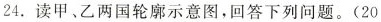
24. 读甲、乙两国轮廓示意图，回答下列问题。(20